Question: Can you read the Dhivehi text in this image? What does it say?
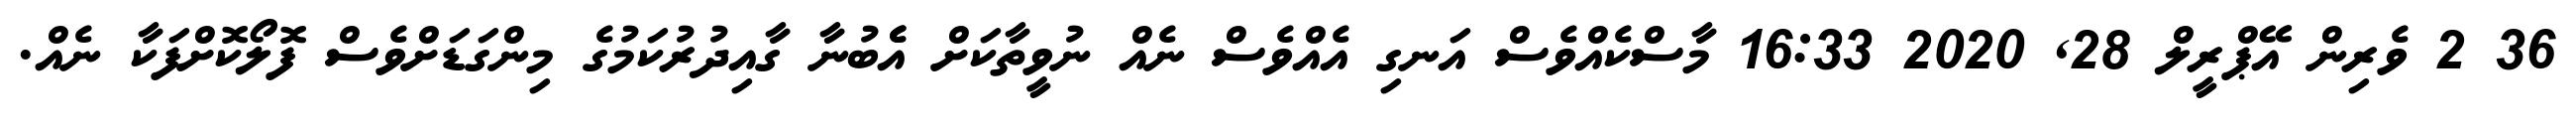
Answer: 36 2 ވެރިން އޭޕްރީލް 28, 2020 16:33 މާސްކެއްވެސް އަނގި އެއްވެސް ނެއް ނުވީތާކަށް އެެބުނާ ގާއިދުރުކަމުގެ މިންގަޑަށްވެސް ފޮލޯކޮށްފަކާ ނެއް.